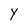
Character: Y